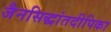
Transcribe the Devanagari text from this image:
जैनसिद्धांतदीपिका